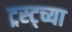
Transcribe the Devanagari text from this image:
ट्रस्ट्च्या